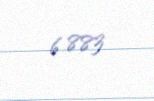
6 883